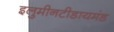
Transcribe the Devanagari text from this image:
इलुमीनटीडायमंड